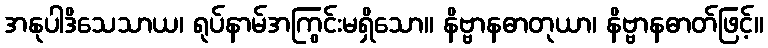
အနုပါဒိသေသာယ၊ ရုပ်နာမ်အကြွင်းမရှိသော။ နိဗ္ဗာနဓာတုယာ၊ နိဗ္ဗာနဓာတ်ဖြင့်။